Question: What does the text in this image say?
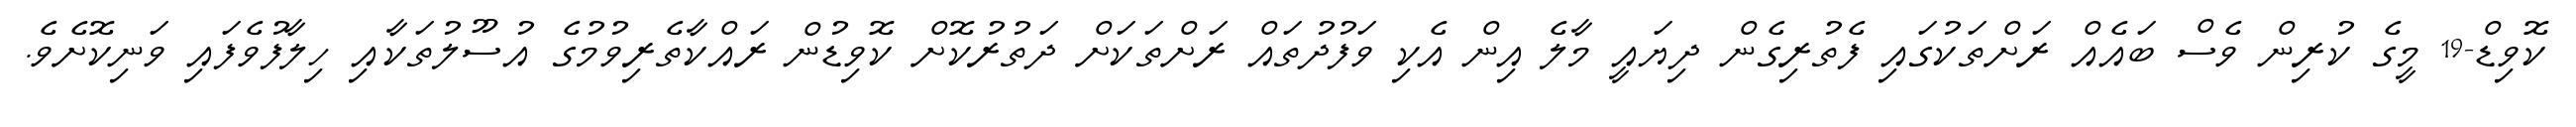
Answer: ކޮވިޑް-19 މީގެ ކުރިން ވެސް ބައެއް ރަށްތަކުގައި ފެތުރިގެން ދިޔައީ މާލެ އިން އެކި ވަފުދުތައް ރަށްތަކަށް ދަތުރުކޮށް ކޮވިޑުން ރައްކާތެރިވުމުގެ އުސޫލުތަކާއި ހިލާފުވެފައި ވަނިކޮށެވެ.